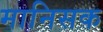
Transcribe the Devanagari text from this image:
मानिसक